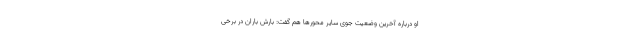
او درباره آخرین وضعیت جوی سایر محور‌ها هم گفت: بارش باران در برخی